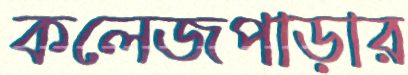
কলেজপাড়ার